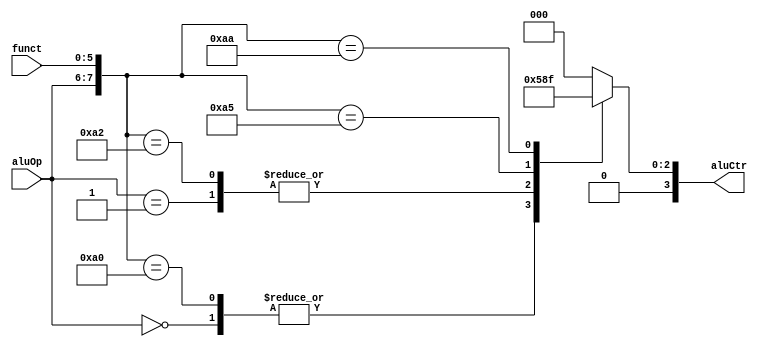
`timescale 1ns / 1ps
//////////////////////////////////////////////////////////////////////////////////
// Company: 
// Engineer: 
// 
// Design Name: 
// Module Name:    aluCtr 
// Project Name: 
// Target Devices: 
// Tool versions: 
// Description: 
//
// Dependencies: 
//
// Revision: 
// Revision 0.01 - File Created
// Additional Comments: 
//
//////////////////////////////////////////////////////////////////////////////////
module aluCtr(aluOp, funct, aluCtr);
    input [1:0] aluOp;
    input [5:0] funct;
    output [3:0] aluCtr;

    reg [3:0] aluCtr;
	 
	 always @ (aluOp or funct)
	 casex ({aluOp, funct})
	     8'b00xxxxxx: aluCtr = 4'b0010;
		  8'b01xxxxxx: aluCtr = 4'b0110;
		  8'b10100000: aluCtr = 4'b0010;
		  8'b10100010: aluCtr = 4'b0110;
		  8'b10100100: aluCtr = 4'b0000;
		  8'b10100101: aluCtr = 4'b0001;
		  8'b10101010: aluCtr = 4'b0111;
		  default: aluCtr = 0;
	 endcase

endmodule